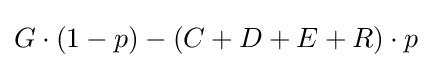
G\cdot (1-p)-(C+D+E+R)\cdot p